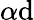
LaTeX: \alpha\mathrm{d}